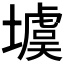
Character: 𡑾